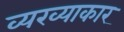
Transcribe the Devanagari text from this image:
व्यख्याकार